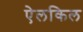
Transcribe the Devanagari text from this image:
ऐलकिल